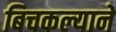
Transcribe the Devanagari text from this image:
बिचकल्याने